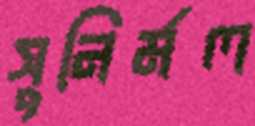
সুনির্মল